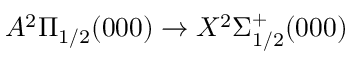
A ^ { 2 } \Pi _ { 1 / 2 } ( 0 0 0 ) \rightarrow X ^ { 2 } \Sigma _ { 1 / 2 } ^ { + } ( 0 0 0 )